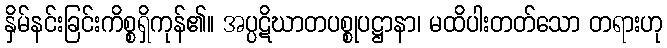
နှိမ်နင်းခြင်းကိစ္စရှိကုန်၏။ အပ္ပဋိဃာတပစ္စုပဋ္ဌာနာ၊ မထိပါးတတ်သော တရားဟု